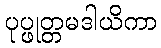
ပုပ္ဖုတ္တမဒါယိကာ